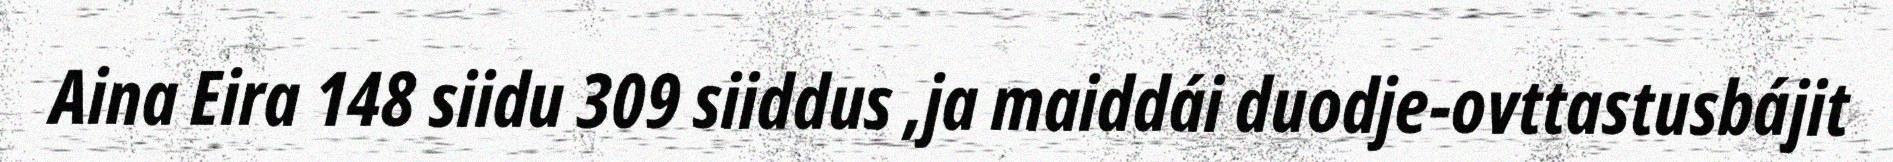
Aina Eira 148 siidu 309 siiddus ,ja maiddái duodje-ovttastusbájit